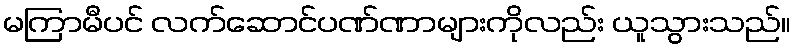
မကြာမီပင် လက်ဆောင်ပဏ်ဏာများကိုလည်း ယူသွားသည်။